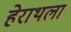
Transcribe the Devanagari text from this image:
हेराथला